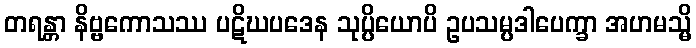
တရန္တာ နိဗ္ဗကောသဿ ပဋိဃပဒေန သုပ္ပိယောပိ ဥပသမ္ပဒါပေက္ခာ အဟမသ္မိ